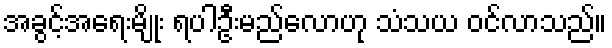
အခွင့်အရေးမျိုး ရပါဦးမည်လောဟု သံသယ ဝင်လာသည်။